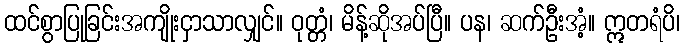
ထင်စွာပြုခြင်းအကျိုးငှာသာလျှင်။ ဝုတ္တံ၊ မိန့်ဆိုအပ်ပြီ။ ပန၊ ဆက်ဦးအံ့။ ဣတရံပိ၊